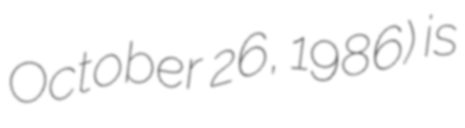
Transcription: October 26, 1986) is